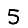
Digit: 5